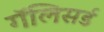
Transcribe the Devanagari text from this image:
गॅलिसर्ड